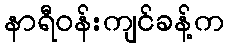
နာရီဝန်းကျင်ခန့်က